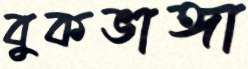
বুকভাঙ্গা